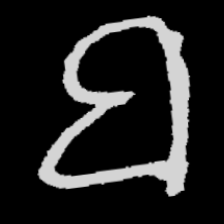
Pyu character \u2014 Myanmar letter: ဗ (romanized: ba)